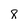
Character: 8